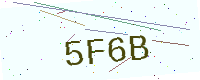
Text: 5F6B